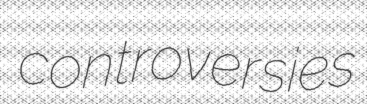
controversies